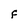
Character: F